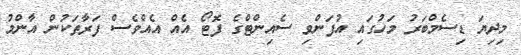
މިދިޔަ ޑިސެމްބަރު މަހުގައި އުފަންވި ސެއިންޓްގެ ފޮޓޯ އެއް އެއްވެސް ފަރާތަކުން އާންމު